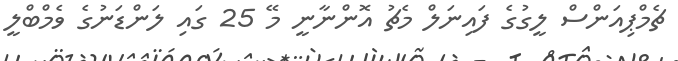
ޗެމްޕިއަންސް ލީގުގެ ފައިނަލް މެޗު އޮންނާނީ މޭ 25 ގައި ލަންޑަނުގެ ވެމްބްލީ